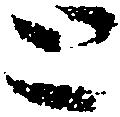
と